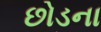
છોડના